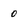
Character: 0